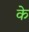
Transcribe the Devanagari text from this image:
के